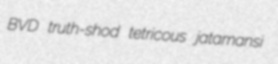
BVD truth-shod tetricous jatamansi